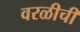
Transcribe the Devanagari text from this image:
वरळीची